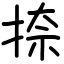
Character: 捺